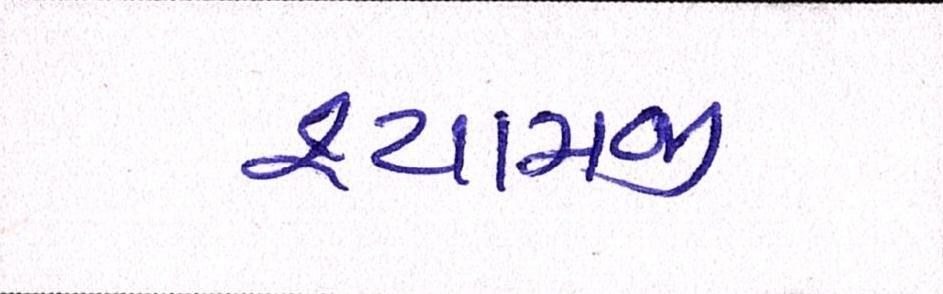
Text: શ્યામજી